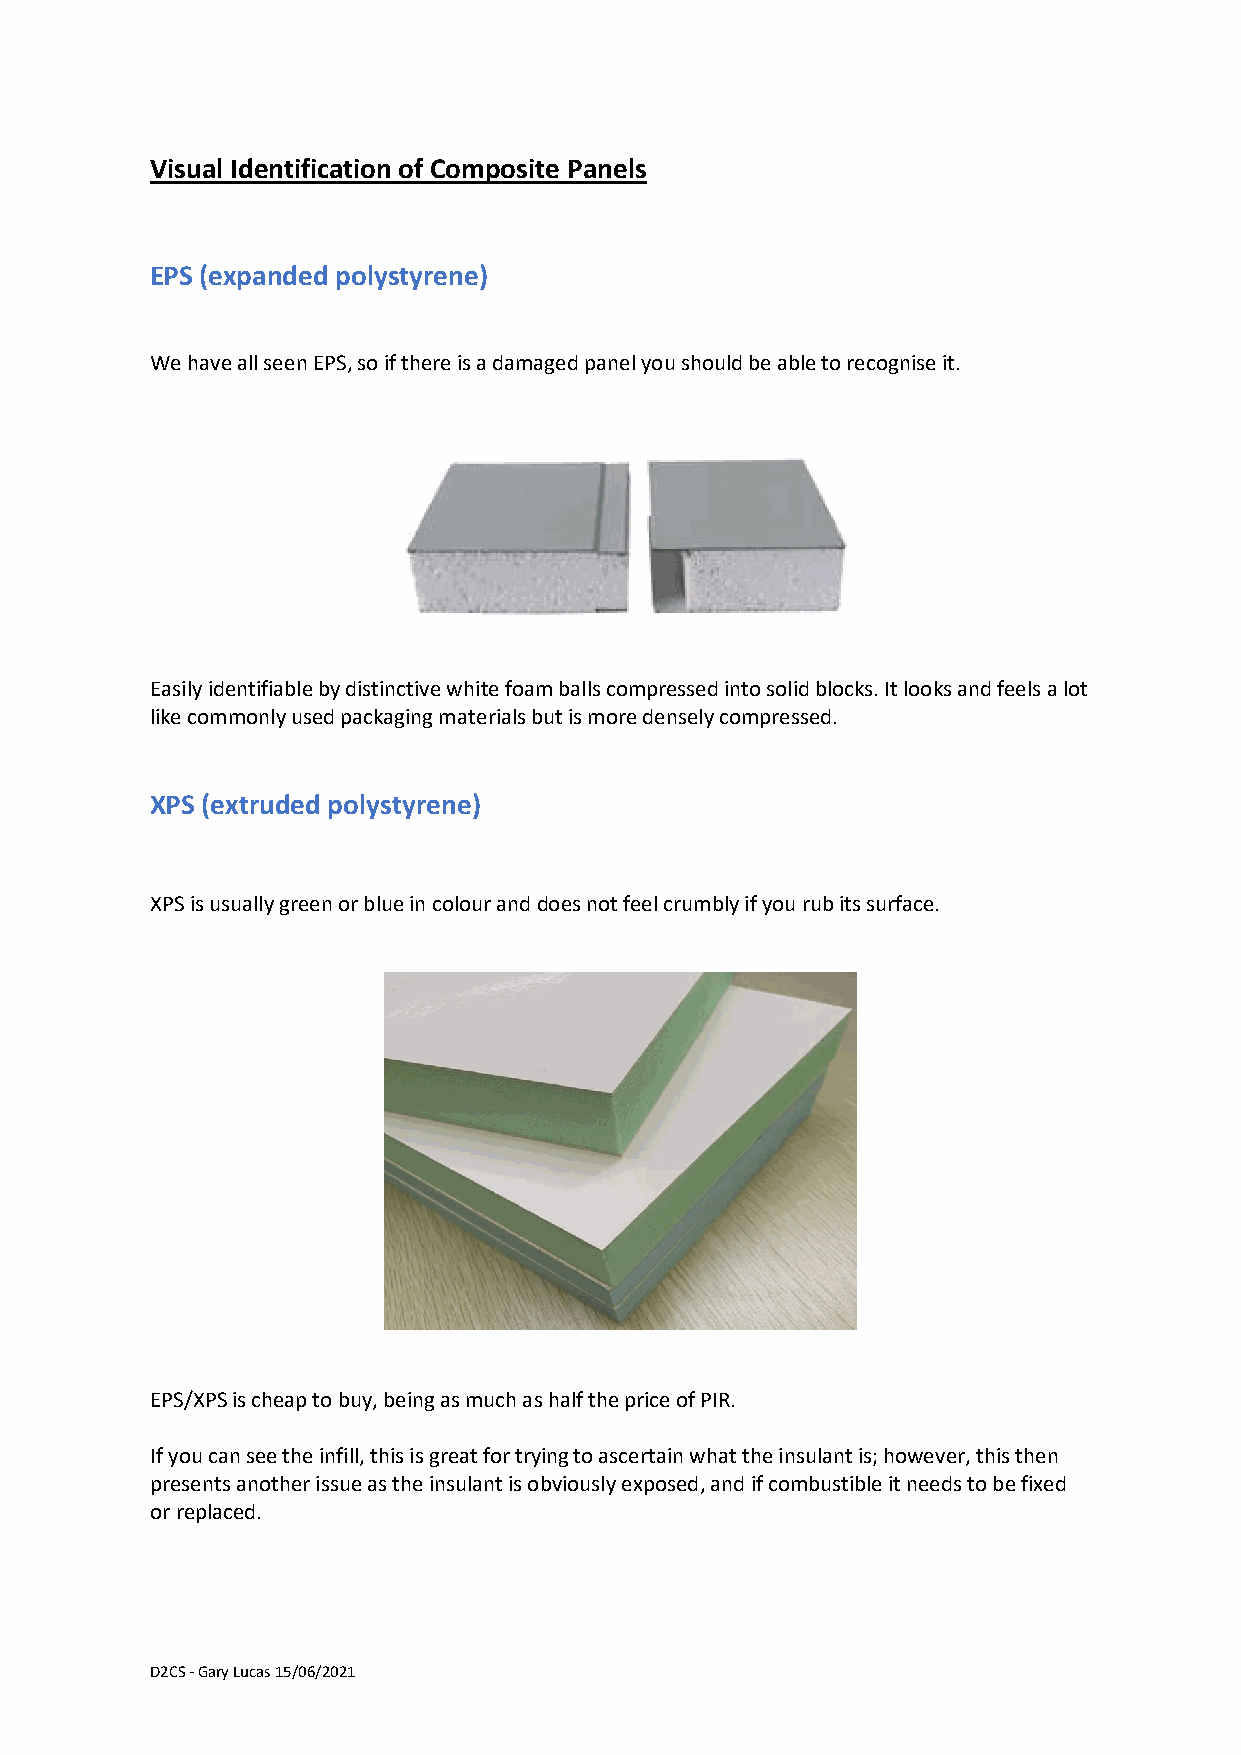
Visual Identification of Composite Panels
 EPS (expanded polystyrene)
 We have all seen EPS, so if there is a damaged panel you should be able to recognise it.
 Easily identifiable by distinctive white foam balls compressed into solid blocks. It looks and feels a lot
 like commonly used packaging materials but is more densely compressed.
 XPS (extruded polystyrene)
 XPS is usually green or blue in colour and does not feel crumbly if you rub its surface.
 EPS/XPS is cheap to buy, being as much as half the price of PIR.
 If you can see the infill, this is great for trying to ascertain what the insulant is; however, this then
 presents another issue as the insulant is obviously exposed, and if combustible it needs to be fixed
 or replaced.
 D2CS - Gary Lucas 15/06/2021